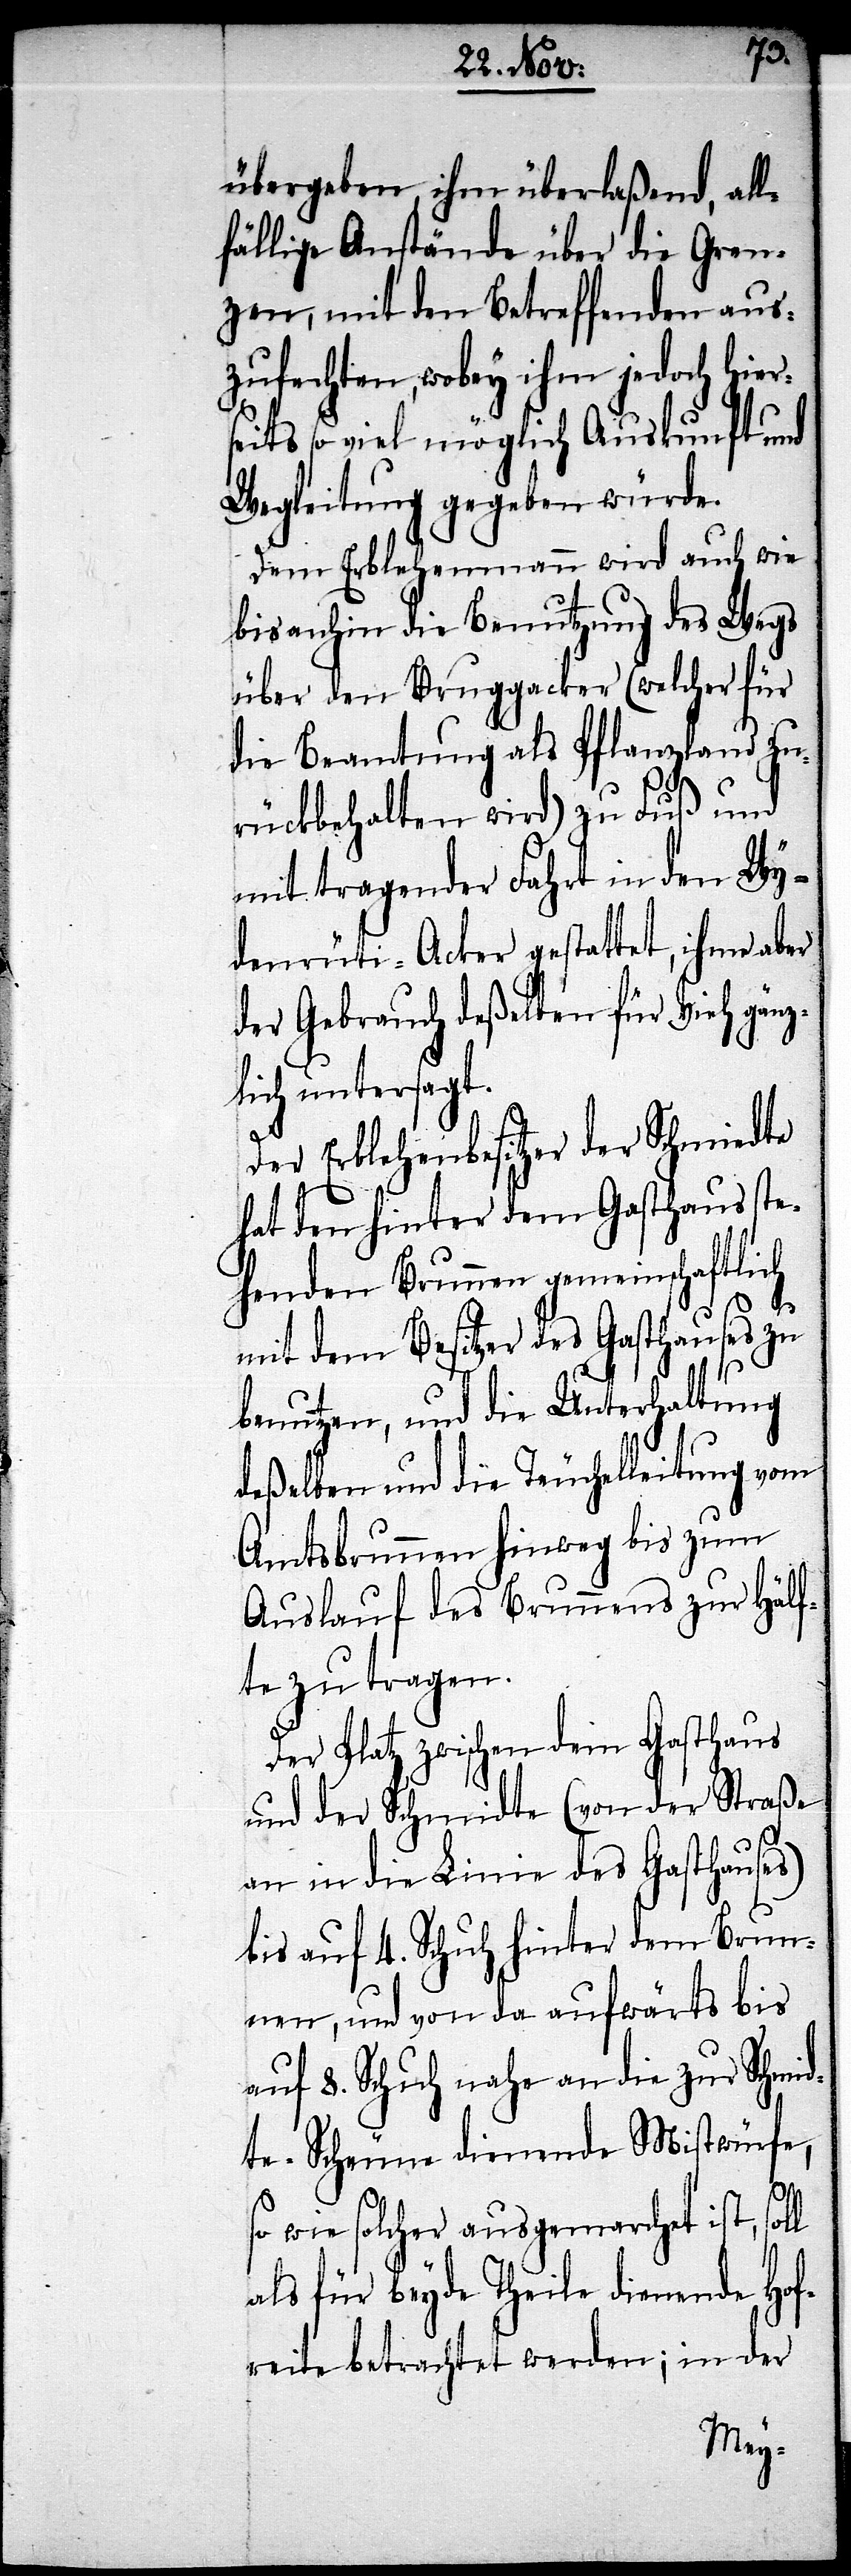
übergeben ihm überlaßend, all¬
fällige Anstände über die Gren¬
zen, mit den Betreffenden aus¬
zufechten, wobey ihm jedoch hier¬
seits so viel möglich Auskunft und
Wegleitung gegeben würde.
Dem Erblehenmann wird auch wie
bis anhin die Benutzung des Wegs
über den Bruggacker (welcher für
die Beamtung als Pflanzland zu¬
rückbehalten wird) zu Fuß und
mit tragender Fahrt in den Wy¬
denrüti-Acker gestattet, ihme aber
der Gebrauch deßelben für Vieh gänz¬
lich untersagt.
Der Erblehenbesitzer der Schmiedte
hat den hinter dem Gasthaus ste¬
henden Brunnen gemeinschaftlich
mit dem Besitzer des Gasthauses zu
benutzen, und die Unterhaltung
deßelben und die Teuchelleitung vom
Amtsbrunnen hinweg bis zum
Auslauf des Brunnens zur Hälf¬
te zu tragen.
Der Platz zwischen dem Gasthaus
und der Schmidte (von der Straße
an in die Linie des Gasthauses)
bis auf 4. Schuh hinter dem Brun¬
nen, und von da aufwärts bis
auf 8. Schuh nahe an die zur Schmid¬
te-Scheune dienende Mistwürfe,
so wie solcher ausgemacht ist, soll
als für beyde Theile dienende Hof¬
reite betrachtet werden; in der